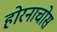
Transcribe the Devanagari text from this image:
होरनाचोस